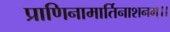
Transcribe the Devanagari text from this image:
प्राणिनामार्तिनाशनम्।।